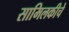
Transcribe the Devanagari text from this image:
सामिलकीचे